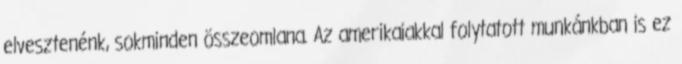
elvesztenénk, sokminden összeomlana. Az amerikaiakkal folytatott munkánkban is ez